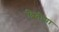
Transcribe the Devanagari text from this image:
द्बितीया